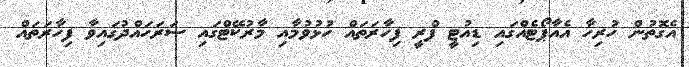
އެގޮތުން ހުރިހާ އެއާޕޯޓެއްގައި ޑިއުޓީ ފްރީ ފިހާރަތައް ހުޅުވުމާއި މާރުކޭޓްގައި ސަރަހައްދުގައިވާ ފިހާރަތައް